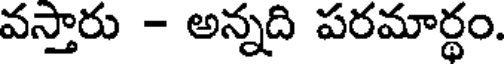
వస్తారు - అన్నది పరమార్థం.